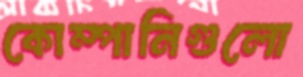
কোম্পানিগুলো